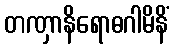
တဏှာနိရောဓဂါမိနိံ